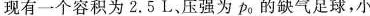
现有一个容积为2.5L、压强为p0的缺气足球，小